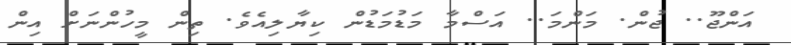
އަންޖޫ.. ޖުން. މަންމަ.. އަސްމާ މަޑުމަޑުން ކިޔާލިއެވެ. ތިން މީހުންނަށް އިން